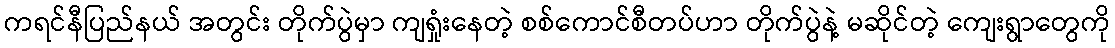
ကရင်နီပြည်နယ် အတွင်း တိုက်ပွဲမှာ ကျရှုံးနေတဲ့ စစ်ကောင်စီတပ်ဟာ တိုက်ပွဲနဲ့ မဆိုင်တဲ့ ကျေးရွာတွေကို